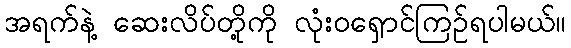
အရက်နဲ့ ဆေးလိပ်တို့ကို လုံးဝရှောင်ကြဉ်ရပါမယ်။